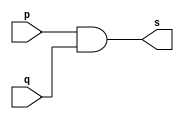
// ------------------------- 
// Exemplo0014 - AND 
// Nome: Michelle da Costa Silva
// ------------------------- 

// ------------------------- 
// -- and gate 
// ------------------------- 
      module and0gate ( output s, input p, q); 
			 assign s = p & q; 
       endmodule // and0gate 


       module andgate ( output s, input p, q, r); 
		    wire s1;
			 
			 and0gate AND1(s1, p, q);
			 and0gate AND2(s, s1, r);

       endmodule // andgate 

// --------------------- 
// -- test and gate 
// --------------------- 

       module testandgate; 

// ------------------------- dados locais 
       
		 reg a, b, c; // definir registradores 
       wire s; // definir conexao (fio) 

// ------------------------- instancia 
 
       andgate AND1 (s, a, b, c); 

// ------------------------- preparacao 
     
	    initial begin:start 
            a=0; b=0; c=0;
           end 
				  
// ------------------------- parte principal 
         
			  initial begin:main 
                $display("Exemplo 0014 - Michelle da Costa Silva - 427448"); 
                $display("\nTabela-verdade AND"); 
                $display("\na b c s\n"); 
                  a=0; b=0; c=0;
             #1 $display("%b %b %b %b", a, b, c, s); 
                  a=0; b=1; c=0;
             #1 $display("%b %b %b %b", a, b, c, s); 
                  a=1; b=0; c=0;
				 #1 $display("%b %b %b %b", a, b, c, s); 
                  a=0; b=0; c=1;
             #1 $display("%b %b %b %b", a, b, c, s); 
                  a=1; b=0; c=1;
				 #1 $display("%b %b %b %b", a, b, c, s); 
                  a=0; b=1; c=1;
				 #1 $display("%b %b %b %b", a, b, c, s); 
                  a=1; b=1; c=0;						
             #1 $display("%b %b %b %b", a, b, c, s); 
                  a=1; b=1; c=1;
             #1 $display("%b %b %b %b", a, b, c, s);  
			   end 
     endmodule // testandgate